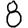
Digit: 8